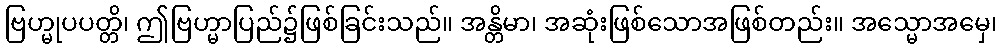
ဗြဟ္မုပပတ္တိ၊ ဤဗြဟ္မာပြည်၌ဖြစ်ခြင်းသည်။ အန္တိမာ၊ အဆုံးဖြစ်သောအဖြစ်တည်း။ အသ္မောအမှေ၊